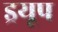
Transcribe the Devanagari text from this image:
ड्रयूप